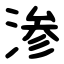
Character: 渗